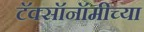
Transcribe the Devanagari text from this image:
टॅक्सॉनॉमीच्या